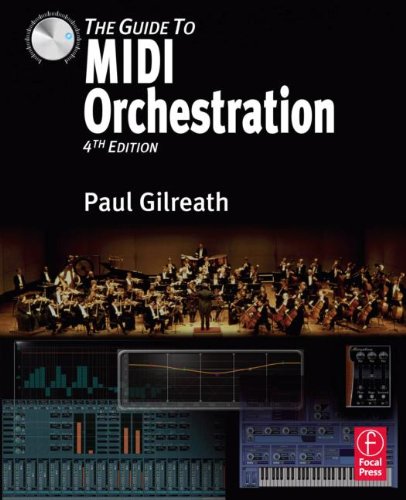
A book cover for The Guide to MIDI Orchestration 4e; Paul Gilreath; Arts & Photography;